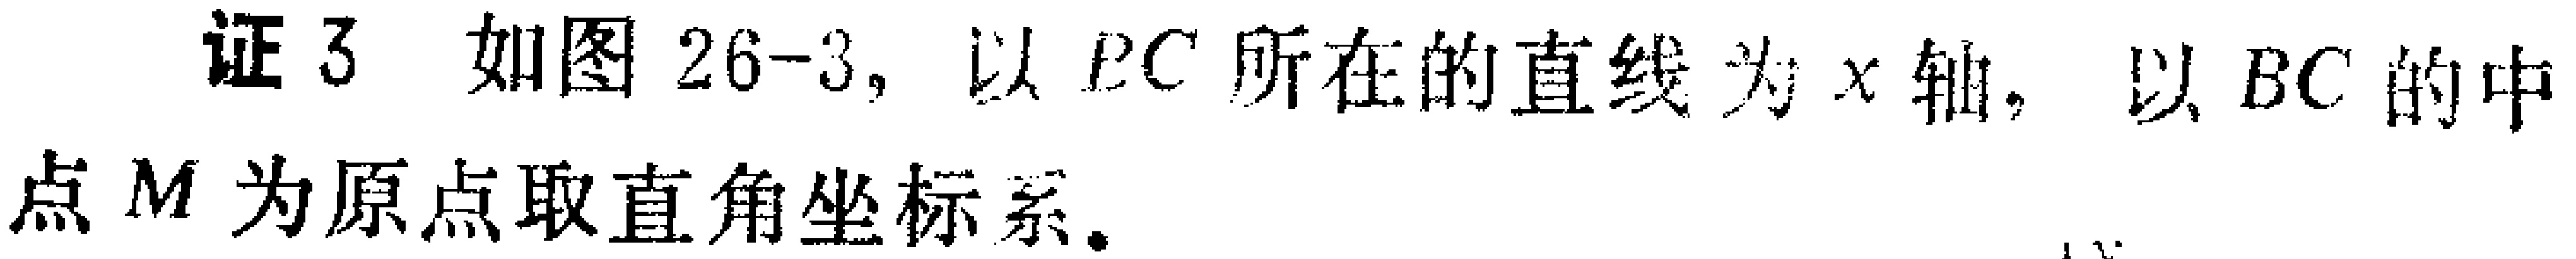
证3 如图26-3，以 \(EC\) 所在的直线为 \(x\) 轴，以 \(BC\) 的中

点 \(M\) 为原点取直角坐标系.